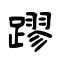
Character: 蹘